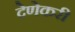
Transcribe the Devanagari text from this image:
देणेकरी